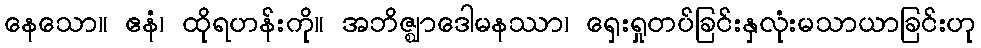
နေသော။ ဧနံ၊ ထိုရဟန်းကို။ အဘိဇ္ဈာဒေါမနဿာ၊ ရှေးရှုတပ်ခြင်းနှလုံးမသာယာခြင်းဟု